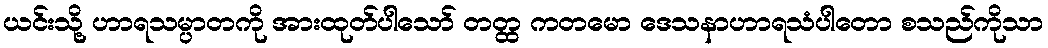
ယင်းသို့ ဟာရသမ္ပာတကို အားထုတ်ပါသော် တတ္ထ ကတမော ဒေသနာဟာရသံပါတော စသည်ကိုသာ